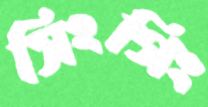
সিংগিং